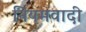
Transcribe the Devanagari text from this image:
नियमवादी